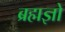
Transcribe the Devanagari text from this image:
ब्रह्मज्ञो